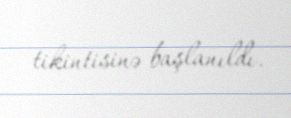
tikintisinə başlanıldı.